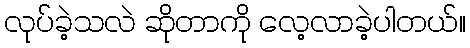
လုပ်ခဲ့သလဲ ဆိုတာကို လေ့လာခဲ့ပါတယ်။